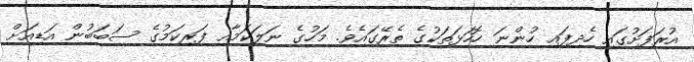
އުރަފަށުގައި ހެދިފައި ހުންނަ ހޮހަޅަތަކުގެ ތެރޭގައެވެ. މަހުގެ ނަލަކަމާއި ފަރިކަމުގެ ސަބަބުން އަޑިއަށް